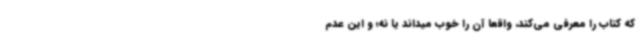
که کتاب را معرفی می‌کند، واقعاً آن را خوب میداند یا نه؛ و این عدم